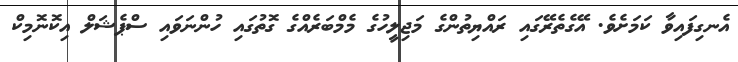
އެނގިފައިވާ ކަަމަށެވެ. އޭގެތެރޭގައި ރައްޔިތުންގެ މަޖިލީހުގެ މެމްބަރެއްގެ ގޮތުގައި ހުންނަވައި ސްޕެޝަލް އިކޮނޮމިކް